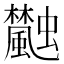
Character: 𩙐